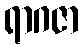
ရာဂဇာ